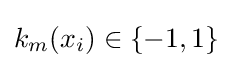
k_{m}(x_{i})\in \{-1,1\}